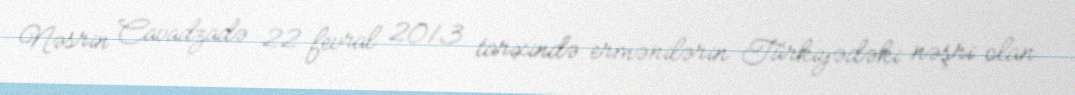
Nəsrin Cavadzadə 22 fevral 2013 tarixində ermənilərin Türkiyədəki nəşri olan